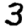
Digit: 3